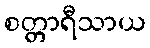
စတ္တာရီသာယ